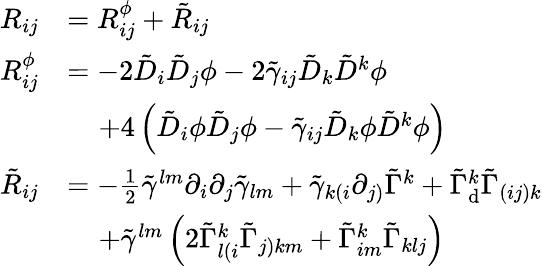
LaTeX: \begin{array}{rl}{R_{ij}}&{=R_{ij}^{\phi}+\tilde{R}_{ij}}\\ {R_{ij}^{\phi}}&{=-2\tilde{D}_{i}\tilde{D}_{j}\phi-2\tilde{\gamma}_{ij}\tilde{D}_{k}\tilde{D}^{k}\phi}\\ &{\; \; \; \; +4\left(\tilde{D}_{i}\phi\tilde{D}_{j}\phi-\tilde{\gamma}_{ij}\tilde{D}_{k}\phi\tilde{D}^{k}\phi\right)}\\ {\tilde{R}_{ij}}&{=-\frac{1}{2}\tilde{\gamma}^{lm}\partial_{i}\partial_{j}\tilde{\gamma}_{lm}+\tilde{\gamma}_{k(i}\partial_{j)}\tilde{\Gamma}^{k}+\tilde{\Gamma}_{\mathrm{d}}^{k}\tilde{\Gamma}_{(ij)k}}\\ &{\; \; \; \; +\tilde{\gamma}^{lm}\left(2\tilde{\Gamma}_{l(i}^{k}\tilde{\Gamma}_{j)km}+\tilde{\Gamma}_{im}^{k}\tilde{\Gamma}_{klj}\right)}\end{array}